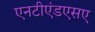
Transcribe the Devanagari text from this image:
एनटीएंडएसए